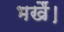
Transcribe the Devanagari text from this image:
भखैं।